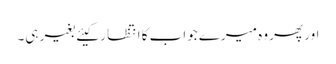
اور پھر وہ میرے جواب کا انتظا ر کیئے بغیر ہی۔